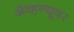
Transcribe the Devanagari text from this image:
ॲव्हन्यूवर